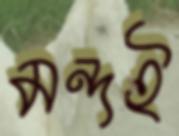
মন্দই